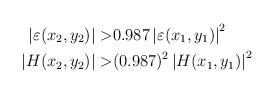
LaTeX: \begin{align*} \begin{aligned} \left \lvert \varepsilon(x_2,y_2)\right \rvert >& 0.987 \left \lvert \varepsilon(x_1,y_1)\right \rvert^2\\ \left \lvert H(x_2,y_2) \right \rvert >& (0.987)^2 \left \lvert H(x_1,y_1) \right \rvert ^2 \end{aligned} \end{align*}